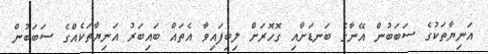
އަނިޔާތަކުގެ ސަބަބުން އޭނާގެ ބަނޑަށާއި ގޮހޮރަށް ލިބިފައިވާ އެތައް ބައިބަރު އަނިޔާތަކެއްގެ ސަބަބުން